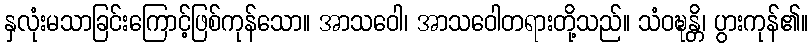
နှလုံးမသာခြင်းကြောင့်ဖြစ်ကုန်သော။ အာသဝေါ၊ အာသဝေါတရားတို့သည်။ သံဝဍ္ဎန္တိ၊ ပွားကုန်၏။